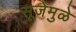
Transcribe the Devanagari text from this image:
सूजेमुळे